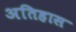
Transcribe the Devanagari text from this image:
अतिहास